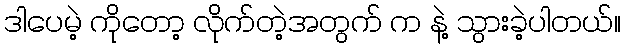
ဒါပေမဲ့ ကိုတော့ လိုက်တဲ့အတွက် က နဲ့ သွားခဲ့ပါတယ်။